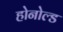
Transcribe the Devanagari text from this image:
होनोल्ड